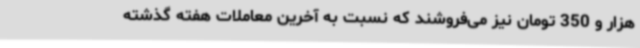
هزار و 350 تومان نیز می‌فروشند که نسبت به آخرین معاملات هفته گذشته